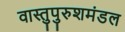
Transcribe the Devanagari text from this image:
वास्तुपुरुशमंडल